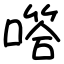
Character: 㗳